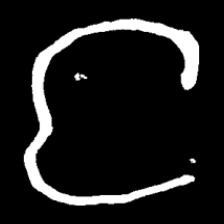
Pyu character \u2014 Myanmar letter: င (romanized: nga)